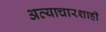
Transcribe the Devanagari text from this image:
अत्याचारशाही